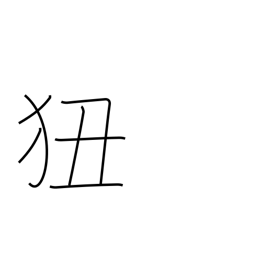
Meaning: learn